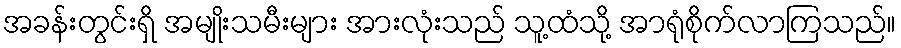
အခန်းတွင်းရှိ အမျိုးသမီးများ အားလုံးသည် သူ့ထံသို့ အာရုံစိုက်လာကြသည်။